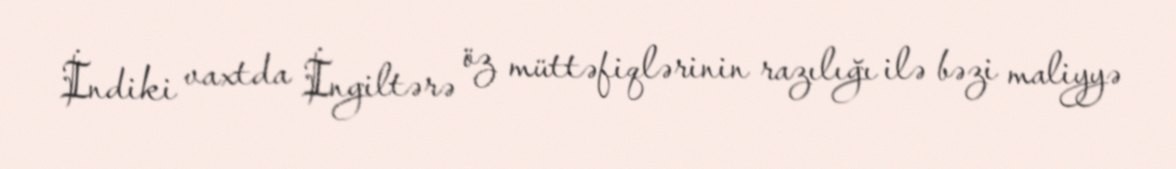
İndiki vaxtda İngiltərə öz müttəfiqlərinin razılığı ilə bəzi maliyyə